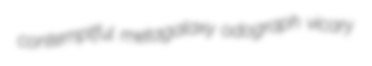
contemptful metagalaxy odograph vicary